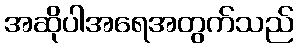
အဆိုပါအရေအတွက်သည်